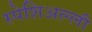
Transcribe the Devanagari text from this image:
स्पेशिअल्ली